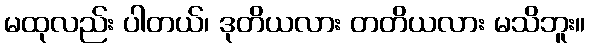
မထုလည်း ပါတယ်၊ ဒုတိယလား တတိယလား မသိဘူး။